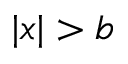
| x | > b